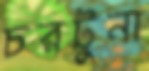
চরটুনা